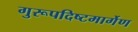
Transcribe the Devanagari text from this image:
गुरूपदिष्टमार्गेण